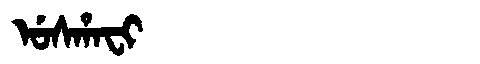
Manchu: ᡠᠰᡥᠠᠸᡳ
Romanization: USHAFI